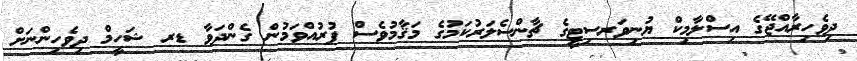
ދިވެހިރާއްޖޭގެ އިސްލާމިކް ޔުނިވަރސިޓީގެ ޗާންސެލަރުކަމުގެ މަޤާމުވެސް ފުރުއްވަމުން ގެންދަވާ ޑރ ޝަހީމް ދިވެހިންނަށް